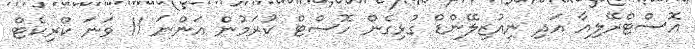
އޮސްޓްރޭލިއާ އަދި ނިއުޒިލޭންޑް ގުޅިގެން ހޮސްޓް ކުރަމުން އަންނަ 11 ވަނަ ކްރިކެޓް